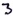
Text: 3